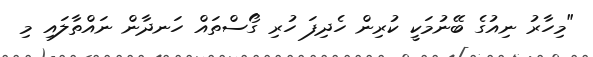
"މިހާރު ނިއުގެ ބޭނުމަކީ ކުރިން ހެދިފަ ހުރި ގޯސްތައް ހަނދާން ނައްތާލައި މި